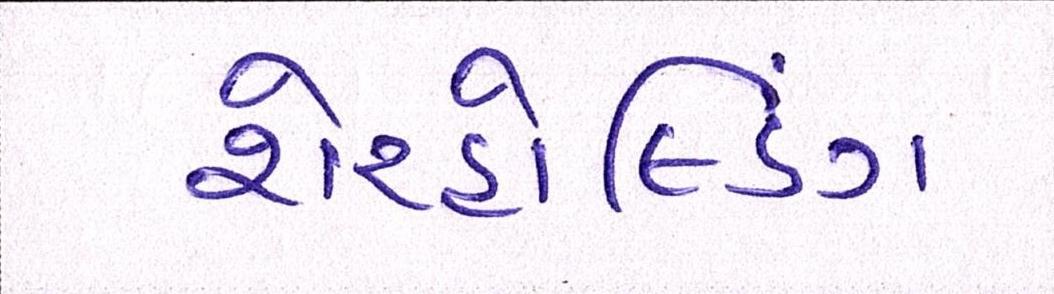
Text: શેરહોલ્ડિંગ